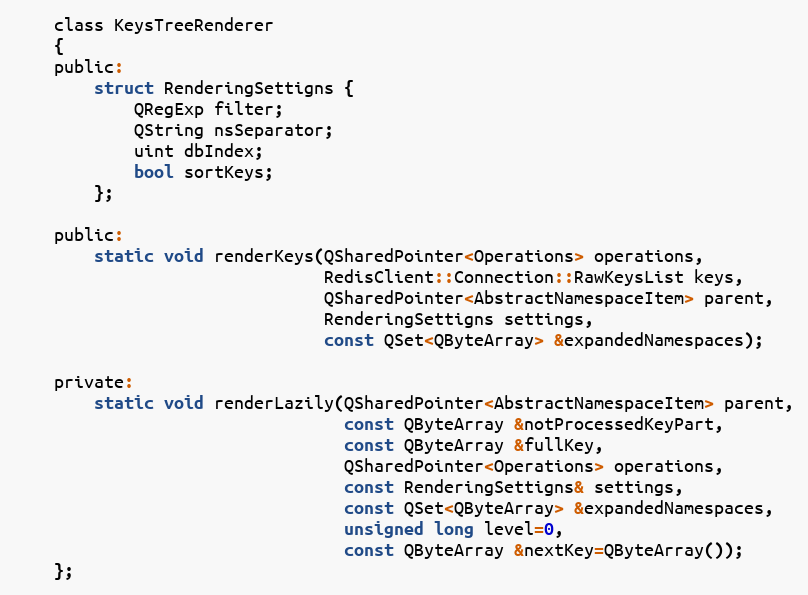
Language: C
    class KeysTreeRenderer
    {
    public:
        struct RenderingSettigns {
            QRegExp filter;
            QString nsSeparator;
            uint dbIndex;
            bool sortKeys;
        };

    public:
        static void renderKeys(QSharedPointer<Operations> operations,
                               RedisClient::Connection::RawKeysList keys,
                               QSharedPointer<AbstractNamespaceItem> parent,
                               RenderingSettigns settings,
                               const QSet<QByteArray> &expandedNamespaces);

    private:
        static void renderLazily(QSharedPointer<AbstractNamespaceItem> parent,
                                 const QByteArray &notProcessedKeyPart,
                                 const QByteArray &fullKey,
                                 QSharedPointer<Operations> operations,
                                 const RenderingSettigns& settings,
                                 const QSet<QByteArray> &expandedNamespaces,
                                 unsigned long level=0,
                                 const QByteArray &nextKey=QByteArray());
    };